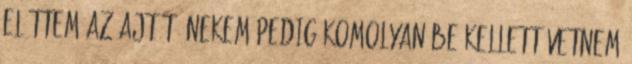
előttem az ajtót, nekem pedig komolyan be kellett vetnem